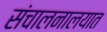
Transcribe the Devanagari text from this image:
संचालनालयात